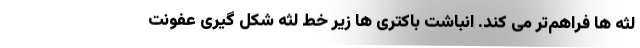
لثه ها فراهم‌تر می کند. انباشت باکتری ها زیر خط لثه شکل گیری عفونت